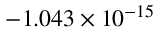
- 1 . 0 4 3 \times 1 0 ^ { - 1 5 }